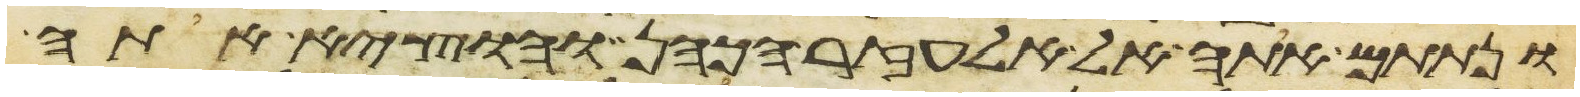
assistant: ונתתם אתה אל אלעזר הכהן והוציא אתה